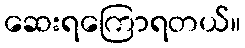
ဆေးရကြောရတယ်။